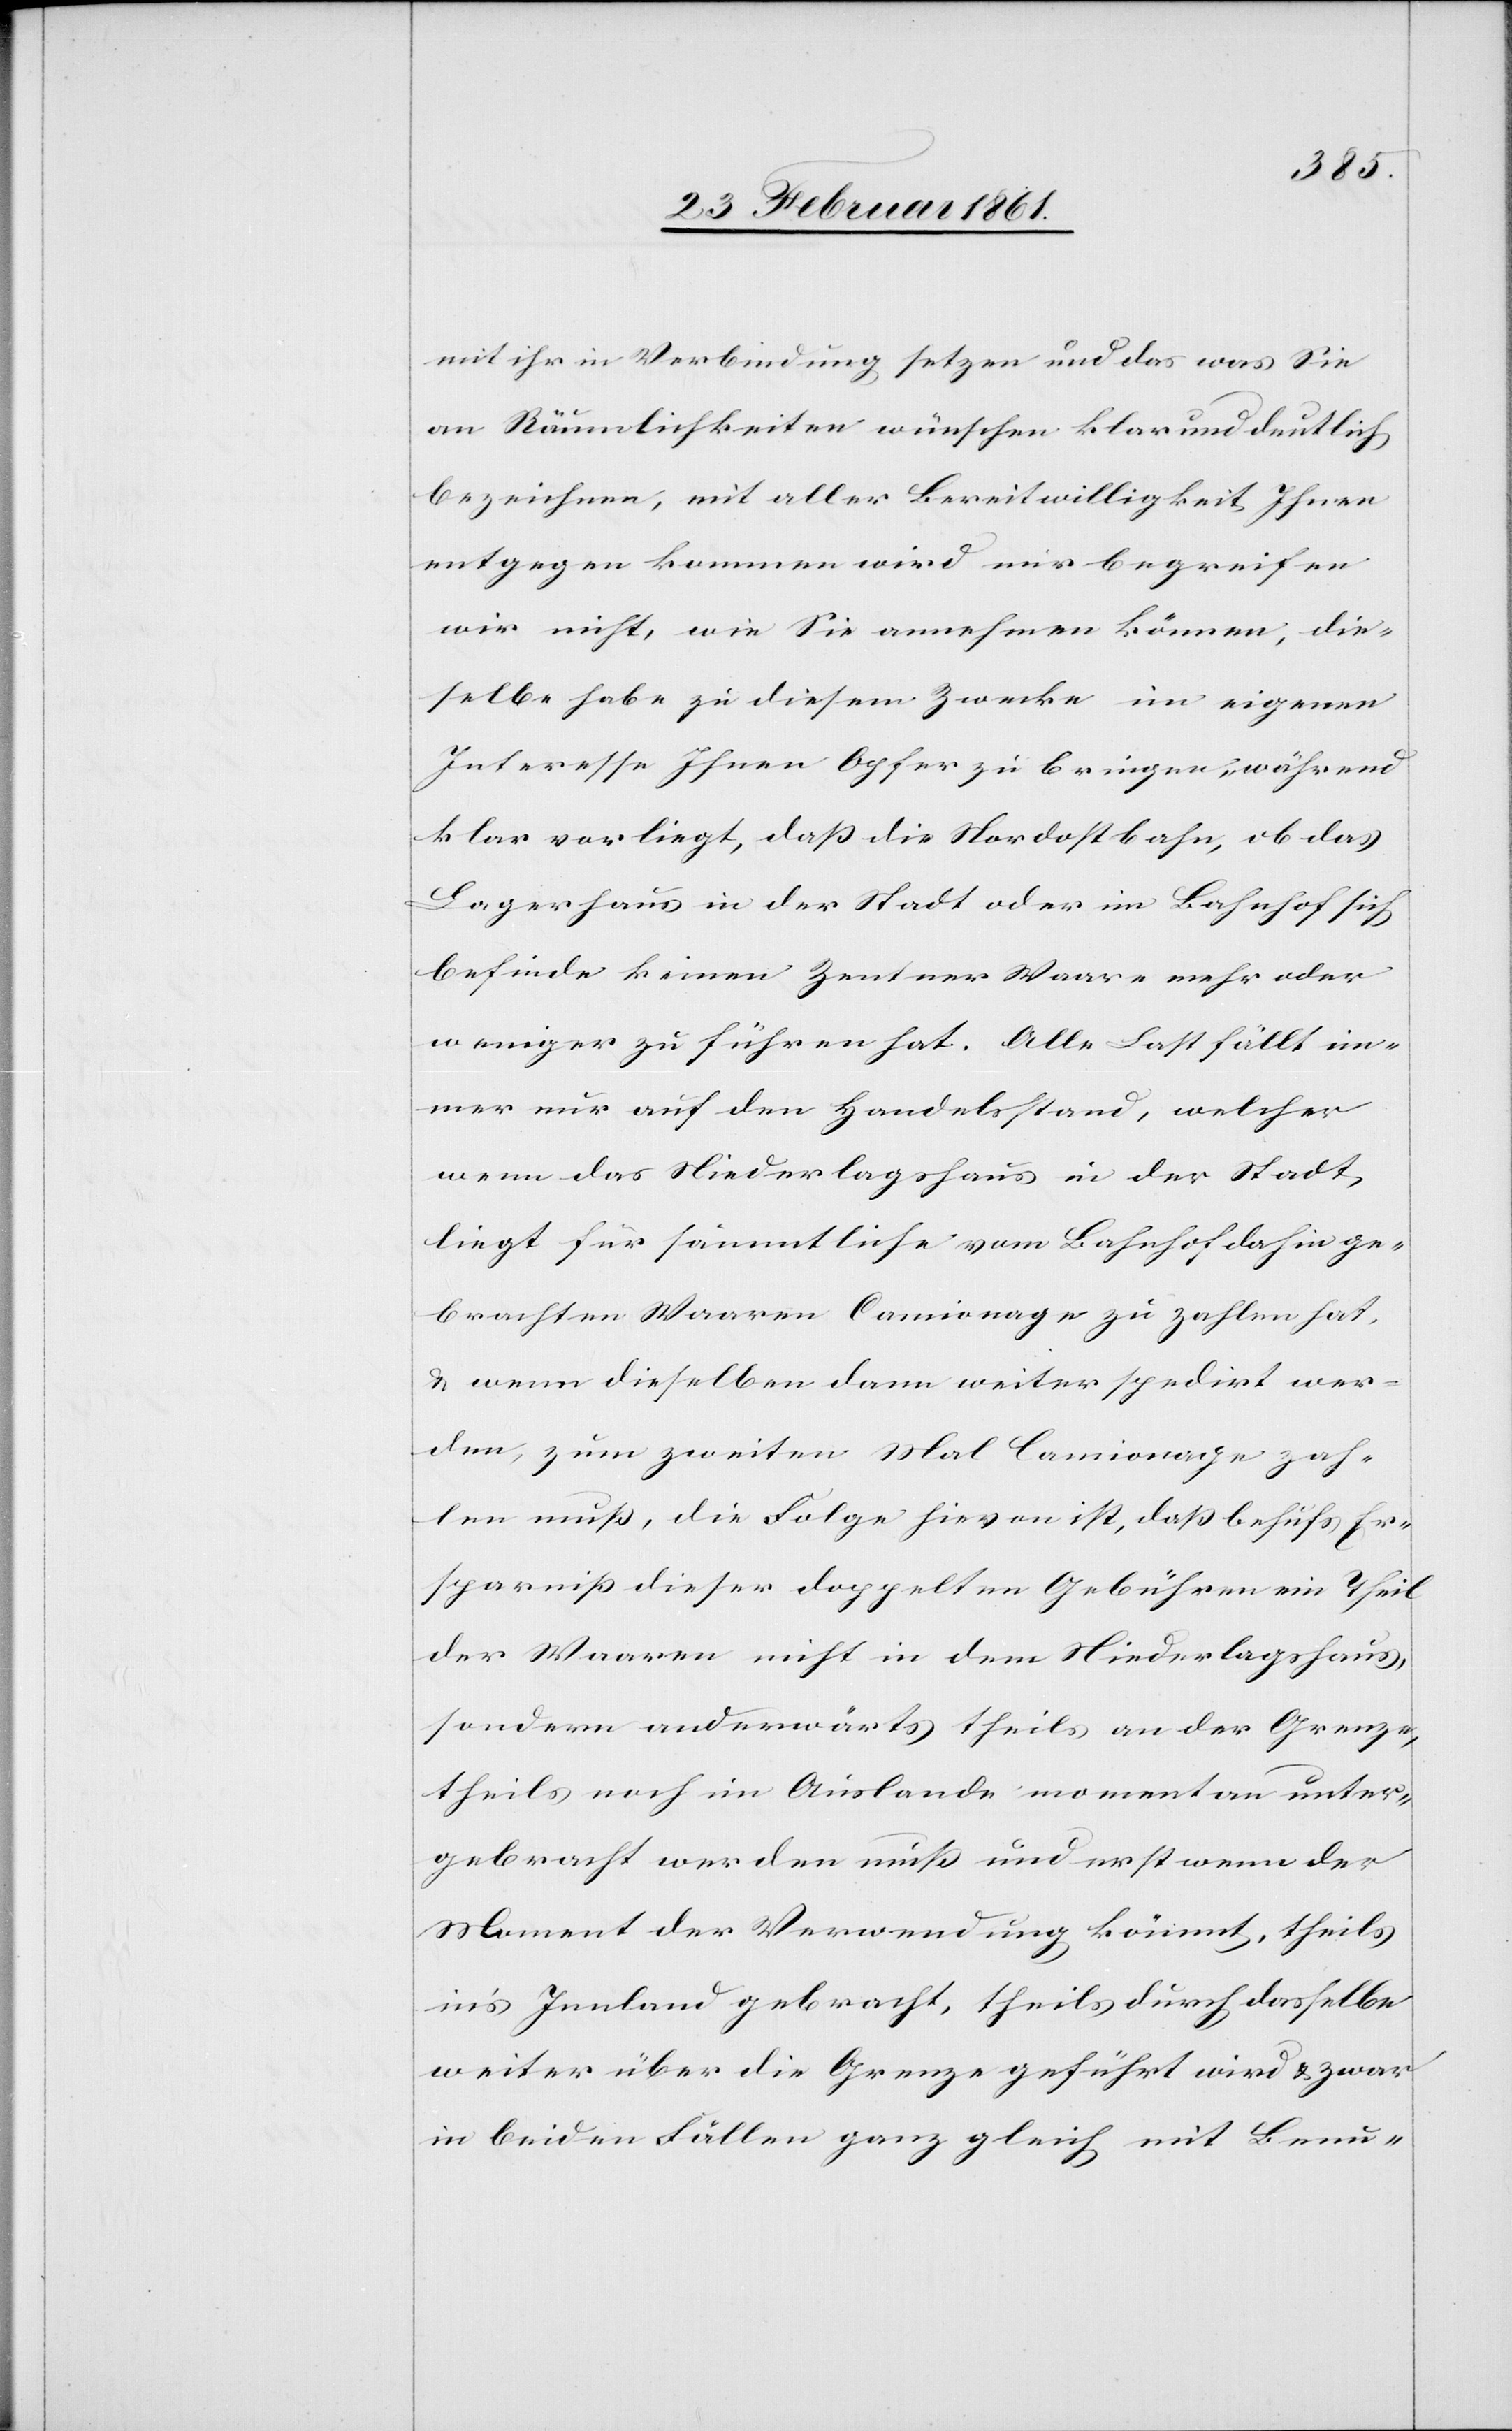
mit ihr in Verbindung setzen und das was Sie
an Räumlichkeiten wünschen klar und deutlich
bezeichnen, mit aller Bereitwilligkeit Ihnen
entgegen kommen wird nur begreifen
wir nicht, wie Sie annehmen können, die¬
selbe habe zu diesem Zwecke im eigenen
Interesse Ihnen Opfer zu bringen, während
klar vorliegt, dass die Nordostbahn, ob das
Lagerhaus in der Stadt oder im Bahnhof sich
befinde keinen Zentner Waare mehr oder
weniger zu führen hat. Alle Last fällt im¬
mer nur auf den Handelsstand, welcher
wenn das Niederlagshaus in der Stadt
liegt für sämmtliche vom Bahnhof dahinge¬
brachten Waaren Camionage zu zahlen hat,
u. wenn dieselben dann weiter spedirt wer¬
den, zum zweiten Mal Camionage zah¬
len muss, die Folge hievon ist, dass behufs Er¬
sparniss dieser doppelten Gebühren ein Theil
der Waaren nicht in dem Niederlagshaus,
sondern anderwärts theils an der Grenze,
theils noch im Auslande momentan unter¬
gebracht werden muss und erst wenn der
Moment der Verwendung kömmt, theils
in’s Innland gebracht theils durch dasselbe
weiter über die Grenze geführt wird u. zwar
in beiden Fällen ganz gleich mit Benu-